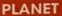
PLANET